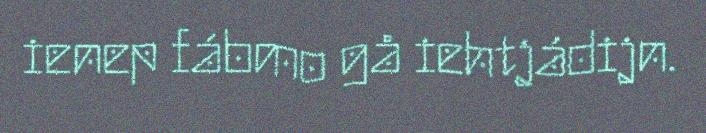
ienep fábmo gå iehtjádijn.